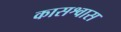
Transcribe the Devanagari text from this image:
कासश्वास